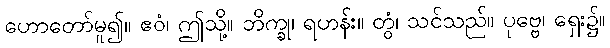
ဟောတော်မူ၍။ ဧဝံ၊ ဤသို့။ ဘိက္ခု၊ ရဟန်း။ တွံ၊ သင်သည်။ ပုဗ္ဗေ၊ ရှေး၌။